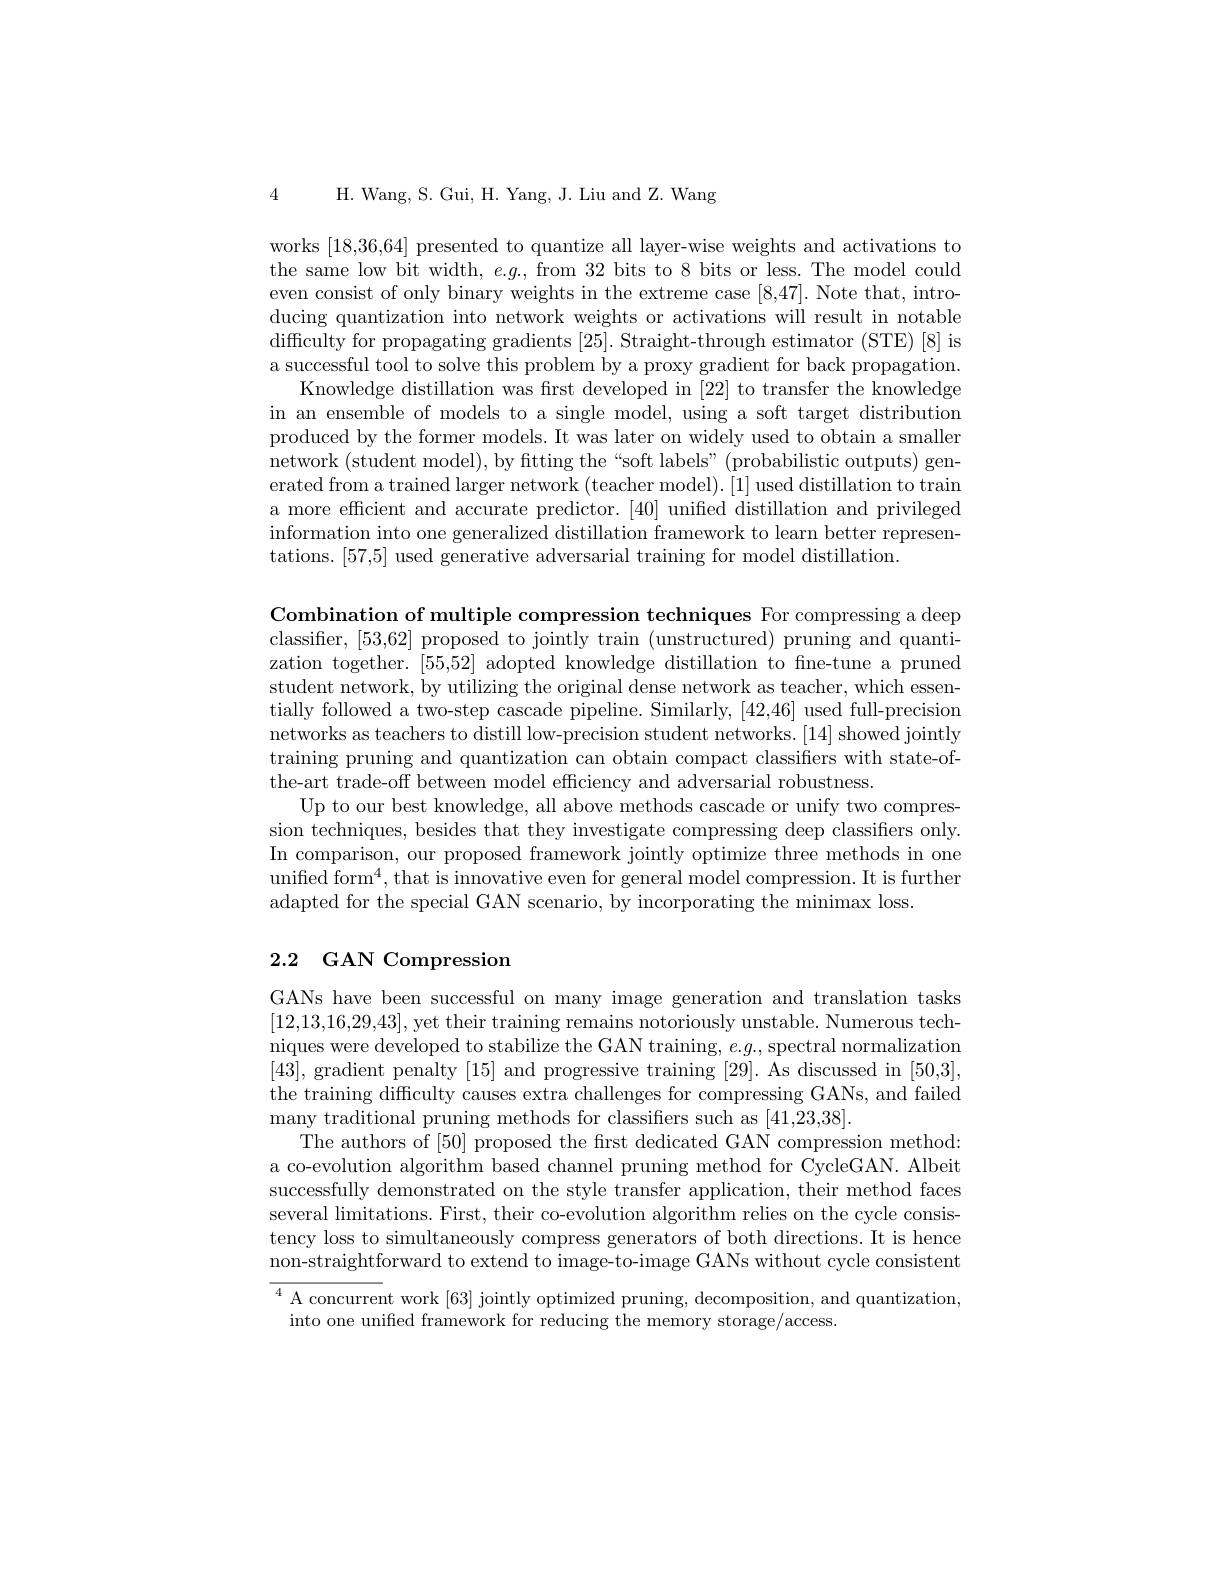
H. Wang, S. Gui, H. Yang, J. Liu and Z. Wang

4

works [18,36,64] presented to quantize all layer-wise weights and activations to the same low bit width, $e.g.$, from 32 bits to 8 bits or less. The model could even consist of only binary weights in the extreme case [8,47]. Note that, introducing quantization into network weights or activations will result in notable difficulty for propagating gradients [25]. Straight-through estimator (STE)[8] is a successful tool to solve this problem by a proxy gradient for back propagation.
Knowledge distillation was first developed in [22] to transfer the knowledge in an ensemble of models to a single model, using a soft target distribution produced by the former models. It was later on widely used to obtain a smaller network (student model), by fitting the “soft labels”(probabilistic outputs) generated from a trained larger network (teacher model). [1] used distillation to train a more efficient and accurate predictor. [40] unified distillation and privileged information into one generalized distillation framework to learn better representations. [57,5] used generative adversarial training for model distillation.

Combination of multiple compression techniques For compressing a deep classifier, [53,62] proposed to jointly train (unstructured) pruning and quantization together. [55,52] adopted knowledge distillation to fine-tune a pruned student network, by utilizing the original dense network as teacher, which essentially followed a two-step cascade pipeline. Similarly, [42,46] used full-precision networks as teachers to distill low-precision student networks. [14] showed jointly training pruning and quantization can obtain compact classifers with state-ofthe-art trade-off between model efficiency and adversarial robustness.
Up to our best knowledge, all above methods cascade or unify two compression techniques, besides that they investigate compressing deep classifiers only. In comparison, our proposed framework jointly optimize three methods in one unified form$^4$,that is innovative even for general model compression.It is further adapted for the special GAN scenario, by incorporating the minimax loss.

# 2.2 GAN Compression

GANs have been successful on many image generation and translation tasks [12,13,16,29,43], yet their training remains notoriously unstable. Numerous techniques were developed to stabilize the GAN training, $e.g.$, spectral normalization [43], gradient penalty [15] and progressive training [29]. As discussed in [50,3], the training difficulty causes extra challenges for compressing GANs, and failed many traditional pruning methods for classifiers such as [41,23,38].
The authors of [50] proposed the first dedicated GAN compression method: a co-evolution algorithm based channel pruning method for CycleGAN. Albeit successfully demonstrated on the style transfer application, their method faces several limitations. First, their co-evolution algorithm relies on the cycle consistency loss to simultaneously compress generators of both directions. It is hence non-straightforward to extend to image-to-image GANs without cycle consistent

$\overline{{^4\text{ A concurrent work [63] jointly optimized pruning, decomposition, and quantization,}}}$
into one unified framework for reducing the memory storage/access